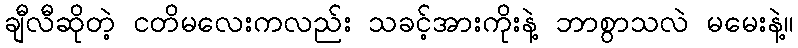
ချီလီဆိုတဲ့ ငတိမလေးကလည်း သခင့်အားကိုးနဲ့ ဘာစွာသလဲ မမေးနဲ့။